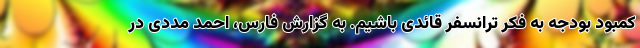
کمبود بودجه به فکر ترانسفر قائدی باشیم. به گزارش فارس، احمد مددی در